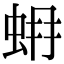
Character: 𧊨